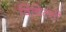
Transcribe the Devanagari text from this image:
विंचिल्सी